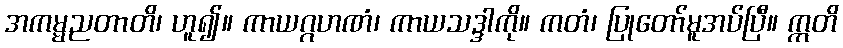
အကမ္မညတာတိ၊ ဟူ၍။ ကာယဂ္ဂဟဏံ၊ ကာယသဒ္ဒါကို။ ကတံ၊ ပြုတော်မူအပ်ပြီ။ ဣတိ